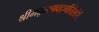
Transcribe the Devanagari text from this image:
श्रीमद्‌भगवद्‌गीतेखेरीज